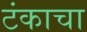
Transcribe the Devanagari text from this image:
टंकाचा